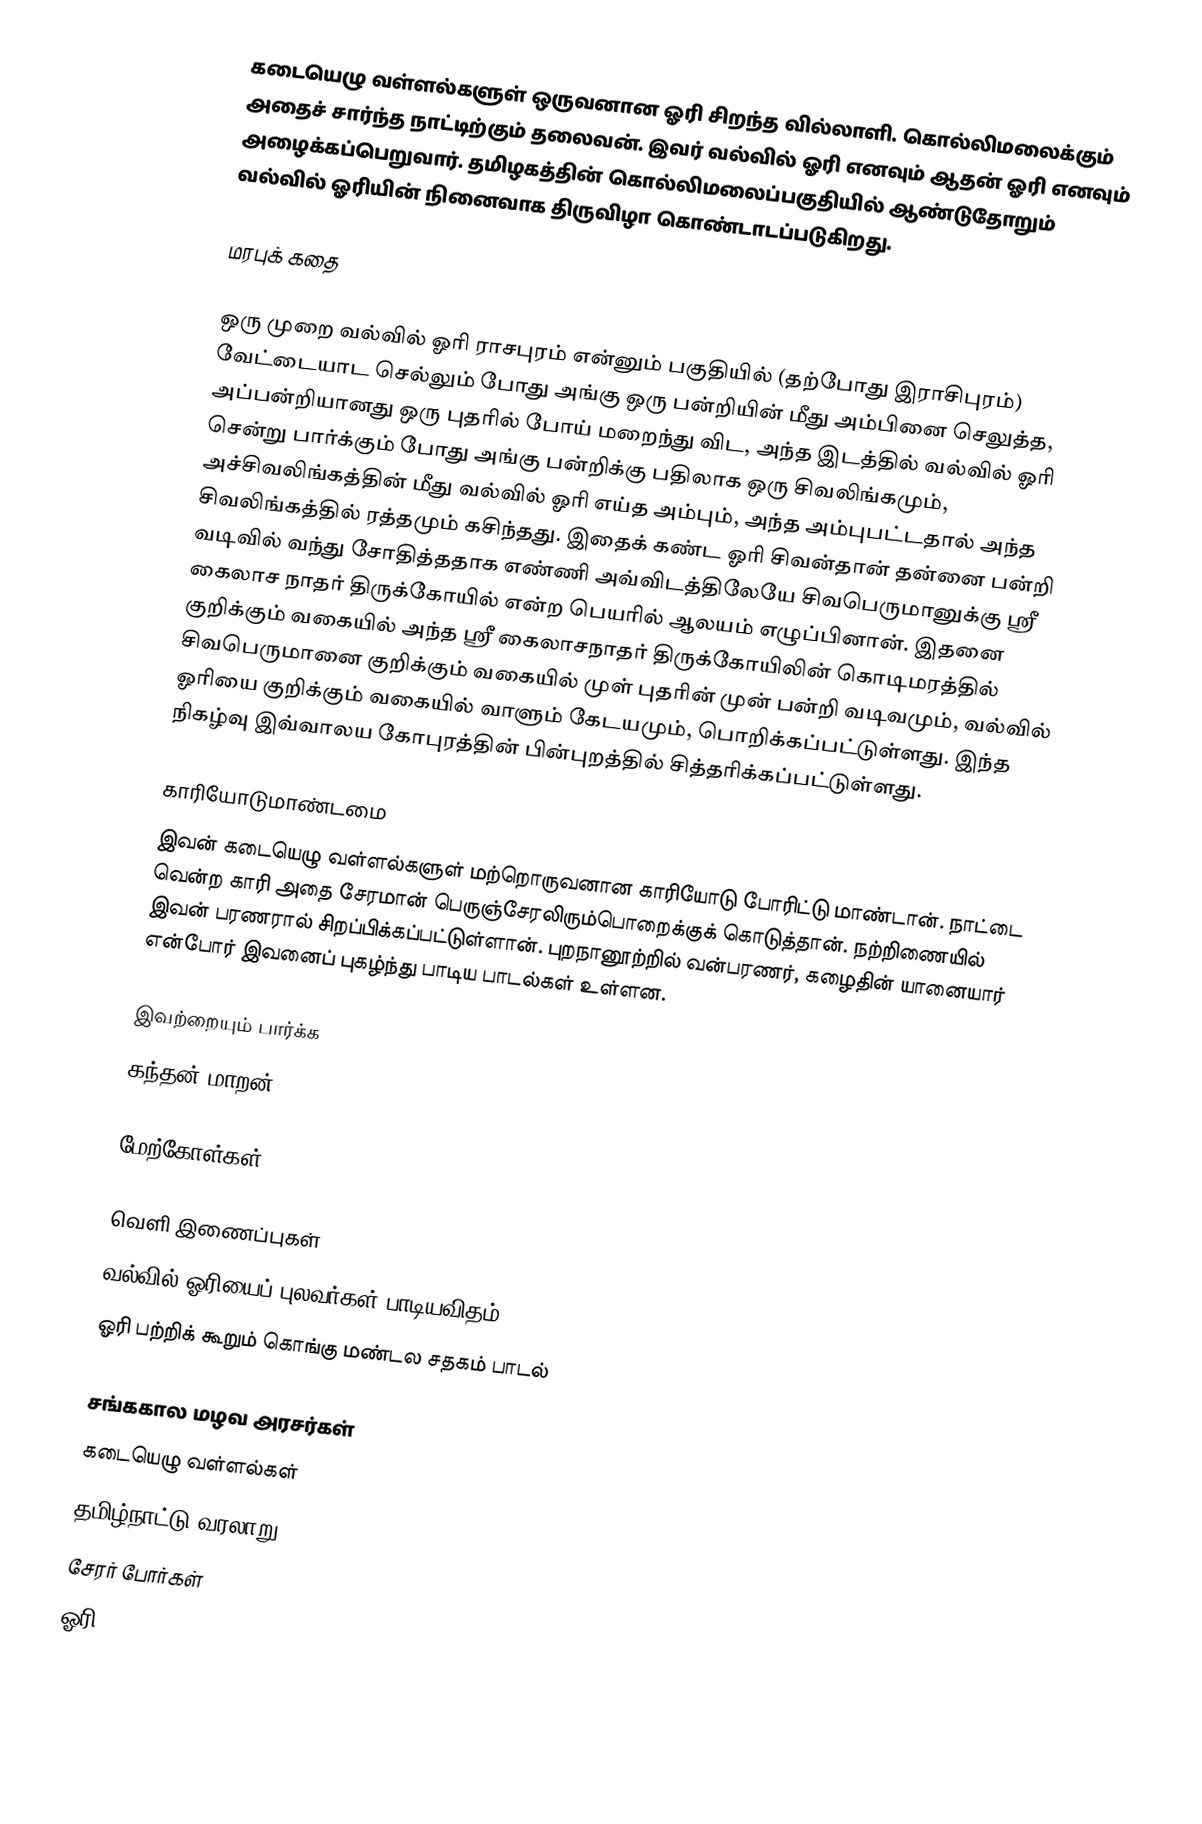
கடையெழு வள்ளல்களுள் ஒருவனான ஓரி  சிறந்த வில்லாளி. கொல்லிமலைக்கும் அதைச் சார்ந்த நாட்டிற்கும் தலைவன். இவர் வல்வில் ஓரி எனவும் ஆதன் ஓரி எனவும் அழைக்கப்பெறுவார். தமிழகத்தின் கொல்லிமலைப்பகுதியில் ஆண்டுதோறும் வல்வில் ஓரியின் நினைவாக திருவிழா கொண்டாடப்படுகிறது.

மரபுக் கதை

ஒரு முறை வல்வில் ஓரி  ராசபுரம் என்னும் பகுதியில் (தற்போது இராசிபுரம்) வேட்டையாட செல்லும் போது அங்கு ஒரு பன்றியின் மீது அம்பினை செலுத்த, அப்பன்றியானது ஒரு புதரில் போய் மறைந்து விட, அந்த இடத்தில் வல்வில் ஓரி சென்று பார்க்கும் போது அங்கு பன்றிக்கு பதிலாக ஒரு சிவலிங்கமும், அச்சிவலிங்கத்தின் மீது வல்வில் ஓரி எய்த அம்பும், அந்த அம்புபட்டதால் அந்த சிவலிங்கத்தில் ரத்தமும் கசிந்தது. இதைக் கண்ட ஓரி சிவன்தான் தன்னை பன்றி வடிவில் வந்து சோதித்ததாக எண்ணி அவ்விடத்திலேயே சிவபெருமானுக்கு ஸ்ரீ கைலாச நாதர் திருக்கோயில் என்ற பெயரில் ஆலயம் எழுப்பினான். இதனை குறிக்கும் வகையில் அந்த ஸ்ரீ கைலாசநாதர் திருக்கோயிலின் கொடிமரத்தில் சிவபெருமானை குறிக்கும் வகையில் முள் புதரின் முன் பன்றி வடிவமும், வல்வில் ஓரியை குறிக்கும் வகையில் வாளும் கேடயமும், பொறிக்கப்பட்டுள்ளது. இந்த நிகழ்வு இவ்வாலய கோபுரத்தின் பின்புறத்தில் சித்தரிக்கப்பட்டுள்ளது.

காரியோடுமாண்டமை
இவன் கடையெழு வள்ளல்களுள் மற்றொருவனான காரியோடு போரிட்டு மாண்டான். நாட்டை வென்ற காரி அதை சேரமான் பெருஞ்சேரலிரும்பொறைக்குக் கொடுத்தான். நற்றிணையில் இவன் பரணரால் சிறப்பிக்கப்பட்டுள்ளான். புறநானூற்றில் வன்பரணர், கழைதின் யானையார் என்போர் இவனைப் புகழ்ந்து பாடிய பாடல்கள் உள்ளன.

இவற்றையும் பார்க்க
 கந்தன் மாறன்

மேற்கோள்கள்

வெளி இணைப்புகள்
 வல்வில் ஓரியைப் புலவர்கள் பாடியவிதம்
 ஓரி பற்றிக் கூறும் கொங்கு மண்டல சதகம் பாடல்

சங்ககால மழவ அரசர்கள்
கடையெழு வள்ளல்கள்
தமிழ்நாட்டு வரலாறு
சேரர் போர்கள்
ஓரி